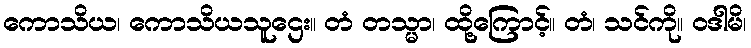
ကောသိယ၊ ကောသိယသူဌေး။ တံ တသ္မာ၊ ထို့ကြောင့်။ တံ၊ သင်ကို။ ဝဒါမိ၊